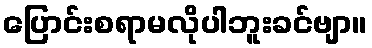
ပြောင်းစရာမလိုပါဘူးခင်ဗျာ။